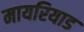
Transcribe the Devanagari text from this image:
मायरियाड